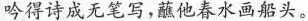
吟得诗成无笔写，蘸他春水画船头。